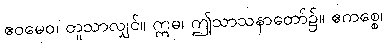
ဧဝမေဝ၊ တူသာလျှင်။ ဣဓ၊ ဤသာသနာတော်၌။ ဧကစ္စေ၊